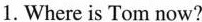
1. Where is Tom now?